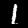
Label: 1